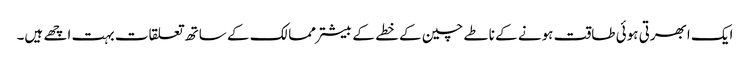
ایک ابھرتی ہوئی طاقت ہونے کے ناطے چین کے خطے کے بیشتر ممالک کے ساتھ تعلقات بہت اچھے ہیں۔